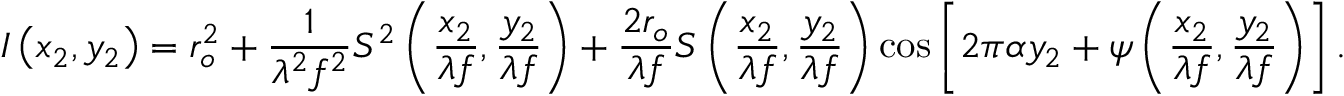
I \left( x _ { 2 } , y _ { 2 } \right) = r _ { o } ^ { 2 } + { \frac { 1 } { \lambda ^ { 2 } f ^ { 2 } } } S ^ { 2 } \left( { \frac { x _ { 2 } } { \lambda f } } , { \frac { y _ { 2 } } { \lambda f } } \right) + { \frac { 2 r _ { o } } { \lambda f } } S \left( { \frac { x _ { 2 } } { \lambda f } } , { \frac { y _ { 2 } } { \lambda f } } \right) \cos \left[ 2 \pi \alpha y _ { 2 } + \psi \left( { \frac { x _ { 2 } } { \lambda f } } , { \frac { y _ { 2 } } { \lambda f } } \right) \right] .